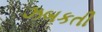
ઝબકતી